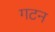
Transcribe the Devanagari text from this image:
गटन